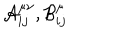
{ \cal { A } } _ { i j } ^ { \mu \nu } , { \cal { B } } _ { i j } ^ { \mu }